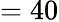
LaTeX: =40